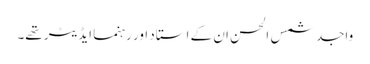
واجد شمس الحسن ان کے استاد اور رہنما ایڈیٹر تھے۔